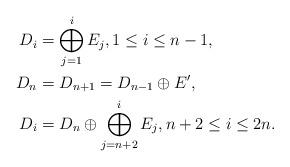
LaTeX: \begin{align*}D_i&=\bigoplus_{j=1}^{i}E_j,1\le i\le n-1,\\D_{n}&=D_{n+1}=D_{n-1}\oplus E',\\D_i&=D_n\oplus \bigoplus_{j=n+2}^{i}E_j,n+2\le i\le 2n.\end{align*}